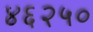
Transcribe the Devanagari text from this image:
४६२५०